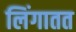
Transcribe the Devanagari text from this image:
लिंगातत